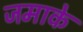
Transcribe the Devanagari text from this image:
जमाके